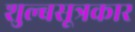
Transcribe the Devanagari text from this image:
शुल्बसूत्रकार